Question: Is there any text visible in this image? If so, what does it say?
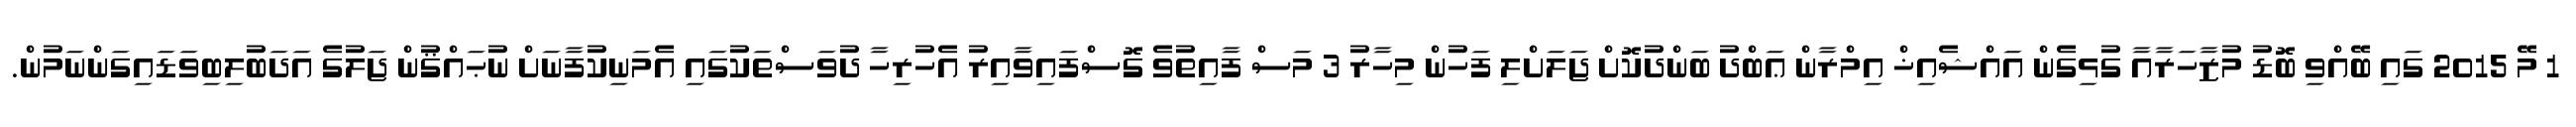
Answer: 1 މޭ 2015 ގައި ބޭއްވި ބޮޑު މުޒާހަރާއާ ގުޅިގެން އައްޝެއިޚް އިމްރާން ޢަބްދު ބަންދުކޮށް ޖަލަށްލި ފަހުން މިހާރު 3 މަސް ފާއިތުވެ ގޮސްފައިވާއިރު އެހުރިހާ ދުވަސްތަކުގައި އެމަނިކުފާނަށް ނުޙައްޤުން ޖަލުގެ އަދަބުލިބިވަޑައިގަންނަމުން.